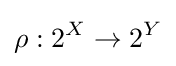
\rho :2^{X}\rightarrow 2^{Y}